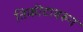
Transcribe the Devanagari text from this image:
तिकीटावरुन